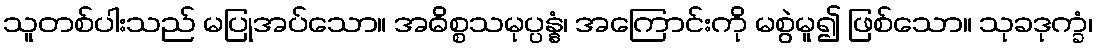
သူတစ်ပါးသည် မပြုအပ်သော။ အဓိစ္စသမုပ္ပန္နံ၊ အကြောင်းကို မစွဲမူ၍ ဖြစ်သော။ သုခဒုက္ခံ၊